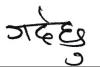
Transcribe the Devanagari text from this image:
गर्दैछु